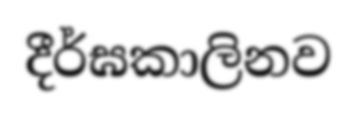
දීර්ඝකාලිනව